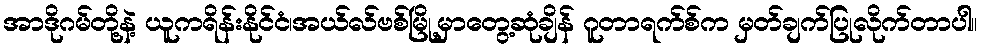
အာဒိုဂမ်တို့နဲ့ ယူကရိန်းနိုင်ငံ၊အယ်လ်ဗစ်မြို့မှာတွေ့ဆုံချိန် ဂူတာရက်စ်က မှတ်ချက်ပြုလိုက်တာပါ။